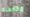
ماتفعله